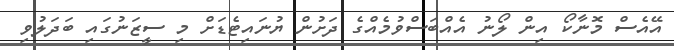
އޭއެސް މޮނާކޯ އިން ލޯނު އެއްބަސްވުމެއްގެ ދަށުން ޔުނައިޓެޑަށް މި ސީޒަނުގައި ބަދަލުވި